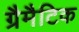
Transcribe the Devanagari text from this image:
ग्रैमैटिक